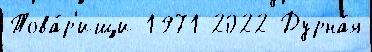
Това́р'ищи 1971 2022 Дурна́я